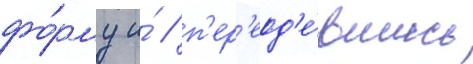
фо́рму и́ / п'ер'еод'е́вшись